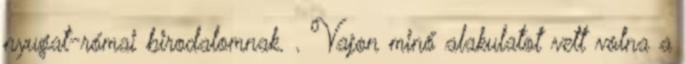
nyugat-római birodalomnak. . Vajon minő alakulatot vett volna a